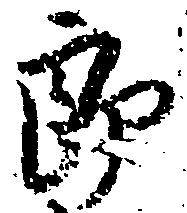
郎